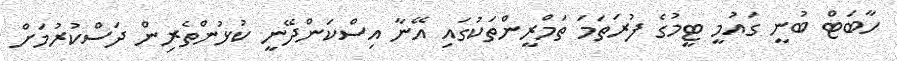
ހާބަޓް ބުނީ ގައުމީ ޓީމުގެ ފުރަތަމަ ތަމްރީންތަކުގައި އޭނާ އިސްކަންދޭނީ ކުޅުންތެރިން ދަސްކުރުމަށް